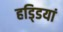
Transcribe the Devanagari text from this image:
हडि्डयां